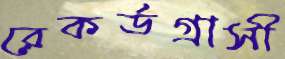
রেকর্ডগ্রাসী